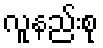
လူနည်းစု